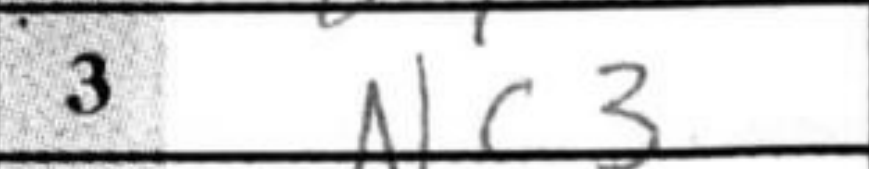
Transcription: Nc3